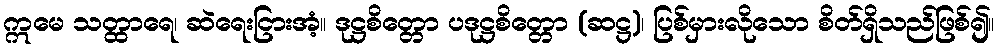
ဣမေ သတ္ထာရေ၊ ဆဲရေးငြားအံ့။ ဒုဋ္ဌစိတ္တော ပဒုဋ္ဌစိတ္တော (ဆဋ္ဌ)၊ ပြစ်မှားလိုသော စိတ်ရှိသည်ဖြစ်၍။